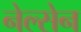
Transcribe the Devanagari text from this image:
नेल्सेन